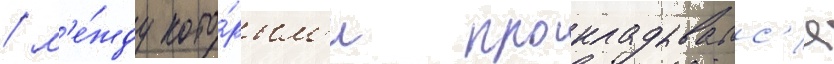
/ м'е́жду кото́рым'и прокладывалс'я